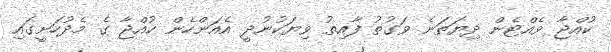
ކުއްޖާ ވެއްޓެން ދިޔަތަނެ ވަގުތު ފާއިތު ވިޔަކުނުދީ އެއަންހެން ކުއްޖާ ގެ މެދުހަށީގައި